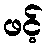
ဖင့်